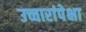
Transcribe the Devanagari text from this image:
उच्चारांपेक्षा